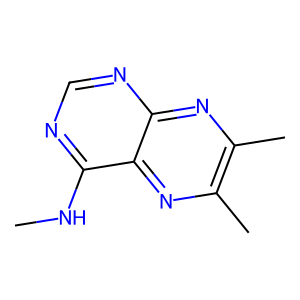
SMILES: CNc1ncnc2nc(C)c(C)nc12
Inhibits HIV replication: No